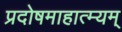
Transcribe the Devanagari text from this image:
प्रदोषमाहात्म्यम्